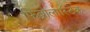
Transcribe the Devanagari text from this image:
फिब्रोलास्टिक